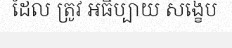
ដែល ត្រូវ អធិប្បាយ សង្ខេប